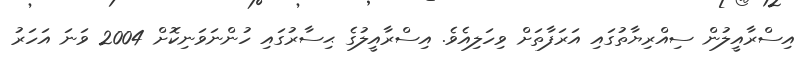
އިސްރާއީލުން ސިއްރިޔާތުގައި އަރަފާތަށް ވިހަލިއެވެ. އިސްރާއީލުގެ ޙިސާރުގައި ހުންނަވަނިކޮށް 2004 ވަނަ އަހަރު